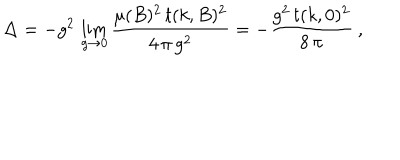
LaTeX: \Delta = - g ^ { 2 } \, \lim _ { g \to 0 } \frac { \mu ( B ) ^ { 2 } \, t ( k , B ) ^ { 2 } } { 4 \, \pi \, g ^ { 2 } } = - \frac { g ^ { 2 } \, t ( k , 0 ) ^ { 2 } } { 8 \, \pi } \: ,